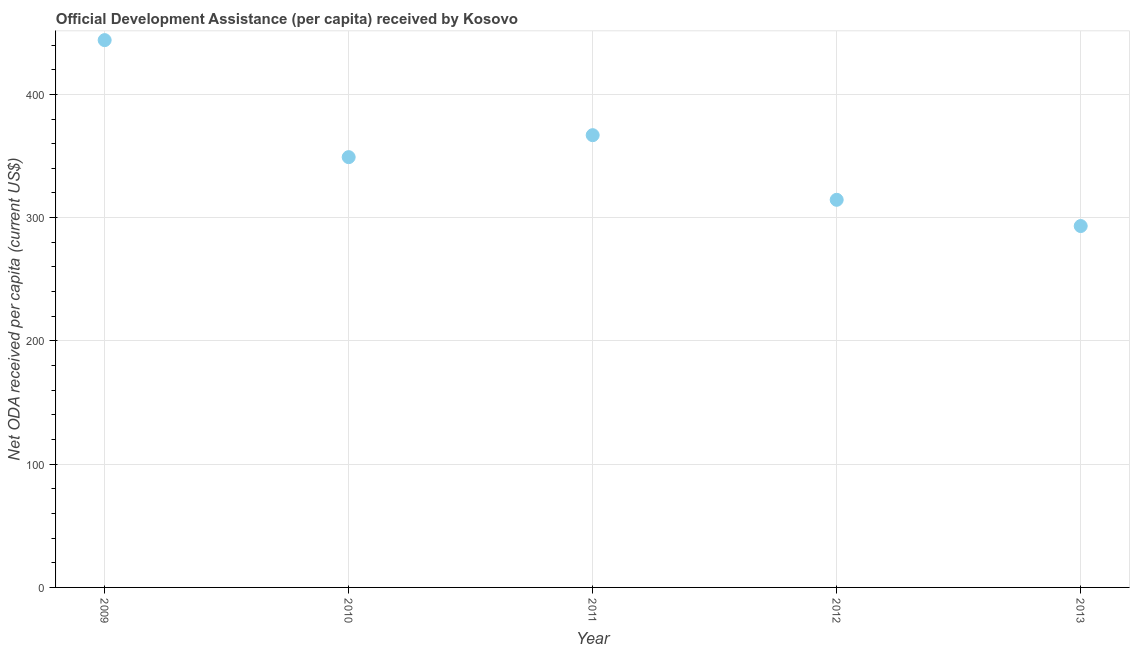
| Year | Net ODA received per capita |
 | --- | --- |
 | 2009 | 444 |
 | 2010 | 349 |
 | 2011 | 367 |
 | 2012 | 314 |
 | 2013 | 293 |